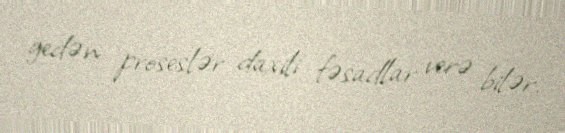
gedən proseslər daxili fəsadlar verə bilər.